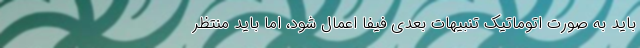
باید به صورت اتوماتیک تنبیهات بعدی فیفا اعمال شود، اما باید منتظر